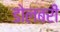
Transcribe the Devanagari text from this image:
डोलबरी